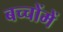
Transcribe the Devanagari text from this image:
बच्‍चोंमें